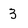
Character: 3